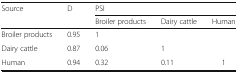
<table><thead><tr><td rowspan="2"><b>Source</b></td><td rowspan="2"><b>D</b></td><td colspan="3"><b>PSI</b></td></tr><tr><td><b>Broiler products</b></td><td><b>Dairy cattle</b></td><td><b>Human</b></td></tr></thead><tbody><tr><td>Broiler products</td><td>0.95</td><td>1</td><td></td><td></td></tr><tr><td>Dairy cattle</td><td>0.87</td><td>0.06</td><td>1</td><td></td></tr><tr><td>Human</td><td>0.94</td><td>0.32</td><td>0.11</td><td>1</td></tr></tbody></table>